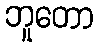
ဘူတော